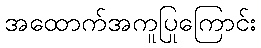
အထောက်အကူပြုကြောင်း